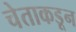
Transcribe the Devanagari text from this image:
चेताकडून